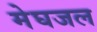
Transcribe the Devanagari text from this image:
मेघजल